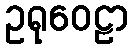
ဥရုဝေဠာ